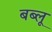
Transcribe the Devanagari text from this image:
बब्लू